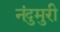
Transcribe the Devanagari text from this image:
नंदुमुरी